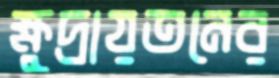
ক্ষুদ্রায়তনের